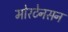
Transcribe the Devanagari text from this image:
मोरटेनसन